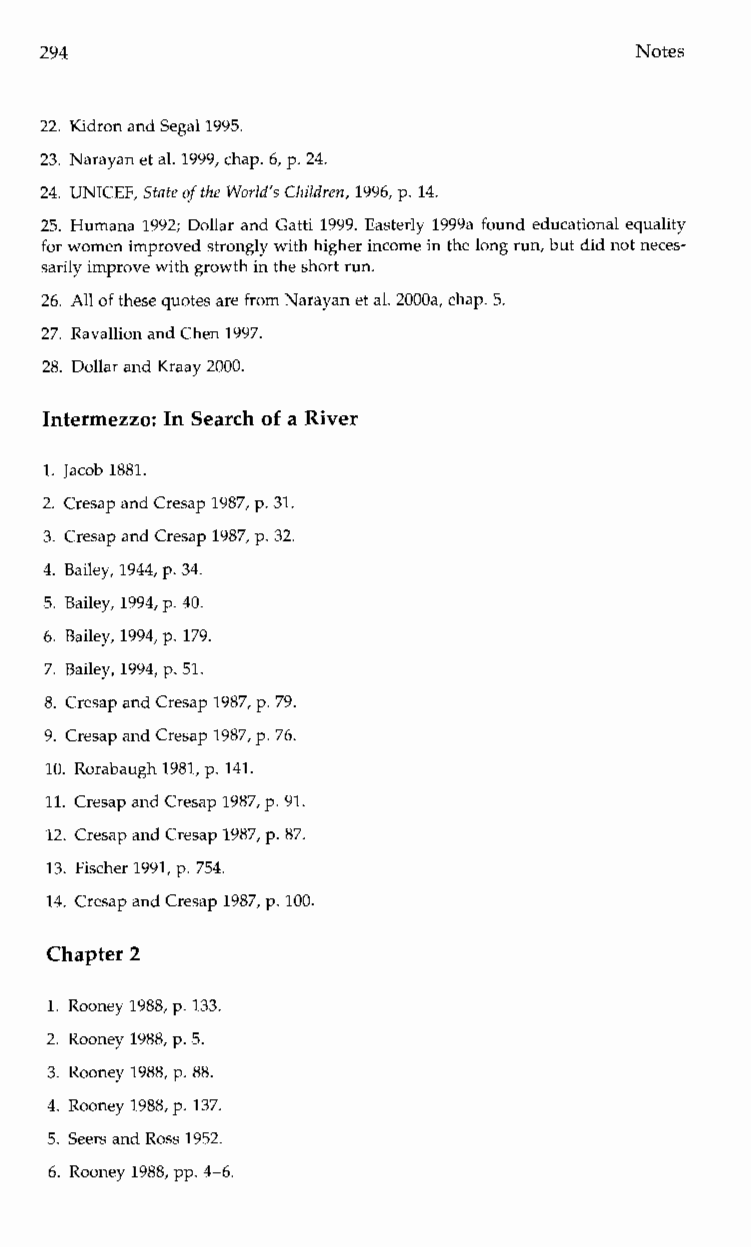
294                                    Notes
 22. Kidron and Segal1995.
 23. Narayan et al. 1999, chap. 6, p. 24.
 24. UNICEF, State of the World’s Children, 1996, p. 14.
 25. Humana 1992; Dollar and Gatti 1999. Easterly 1999a found educational equality
 for women improved strongly with higheirn come in the long run, but did nonte ces-
 sarily improve with growth in the short run.
 26. All of these quotes are from Narayan et al. 2000a, chap. 5.
 27. Ravallion and Chen 1997.
 28. Dollar and Kraay 2000.
 Intermezzo: In Search of a River
 1. Jacob 1881.
 2. Cresap and Cresap 1987, p. 31.
 3. Cresap and Cresap 1987, p. 32.
 4. Bailey, 1944, p. 34.
 5. Bailey, 1994, p. 40.
 6. Bailey, 1994, p. 179.
 7. Bailey, 1994, p. 51.
 8. Cresap and Cresap 1987, p. 79.
 9. Cresap and Cresap 1987, p. 76.
 10. Rorabaugh 1981, p. 141.
 11. Cresap and Cresap 1987, p. 91.
 12. Cresap and Cresap 1987, p. 87.
 13. Fischer 1991, p. 754.
 14. Cresap and Cresap 1987, p. 100.
 Chapter 2
 1. Rooney 1988, p. 133.
 2. Rooney 1988, p. 5.
 3. Rooney 1988, p. 88.
 4. Rooney 1988, p. 137.
 5. Seers and Ross 1952.
 6. Rooney 1988, pp. 4-6.